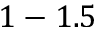
1 - 1 . 5